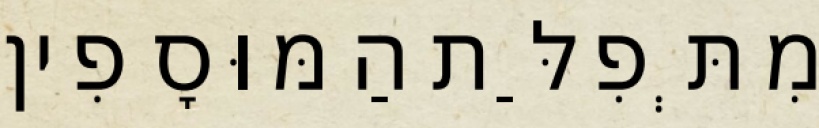
מִתְּפִלַּת הַמּוּסָפִין